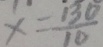
x = \frac { 1 3 0 } { 1 0 }